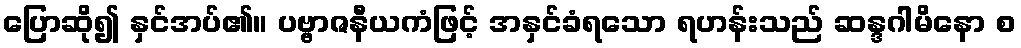
ပြောဆို၍ နှင်အပ်၏။ ပဗ္ဗာဇနီယကံဖြင့် အနှင်ခံရသော ရဟန်းသည် ဆန္ဒဂါမိနော စ